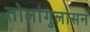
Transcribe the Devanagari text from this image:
तोलांगुलासन